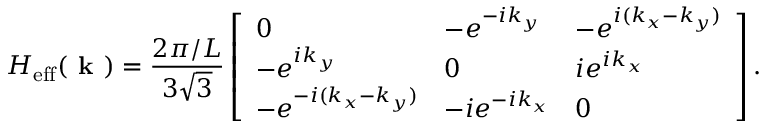
H _ { \mathrm { e f f } } ( \textbf { k } ) = \frac { 2 \pi / L } { 3 \sqrt { 3 } } \left[ \begin{array} { l l l } { 0 } & { - e ^ { - i k _ { y } } } & { - e ^ { i ( k _ { x } - k _ { y } ) } } \\ { - e ^ { i k _ { y } } } & { 0 } & { i e ^ { i k _ { x } } } \\ { - e ^ { - i ( k _ { x } - k _ { y } ) } } & { - i e ^ { - i k _ { x } } } & { 0 } \end{array} \right] .